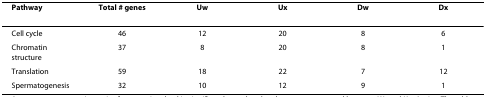
<table><thead><tr><td><b>Pathway</b></td><td><b>Total # genes</b></td><td><b>Uw</b></td><td><b>Ux</b></td><td><b>Dw</b></td><td><b>Dx</b></td></tr></thead><tbody><tr><td>Cell cycle</td><td>46</td><td>12</td><td>20</td><td>8</td><td>6</td></tr><tr><td>Chromatin structure</td><td>37</td><td>8</td><td>20</td><td>8</td><td>1</td></tr><tr><td>Translation</td><td>59</td><td>18</td><td>22</td><td>7</td><td>12</td></tr><tr><td>Spermatogenesis</td><td>32</td><td>10</td><td>12</td><td>9</td><td>1</td></tr></tbody></table>